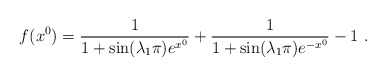
\begin{align*}f(x^0)=\frac{1}{1+ \sin (\lambda_1 \pi) e^{x^0}} +\frac{1}{1+ \sin (\lambda_1 \pi) e^{-x^0}} -1~.\end{align*}